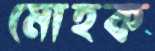
মোহক